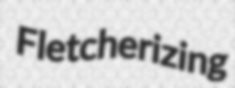
Fletcherizing